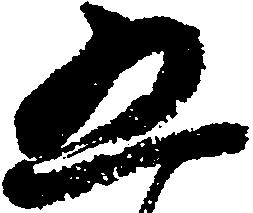
五